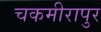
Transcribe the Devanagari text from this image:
चकमीरापुर